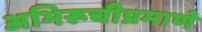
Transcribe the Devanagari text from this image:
अभिरूचीप्रमाणे